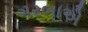
ગરબાએ